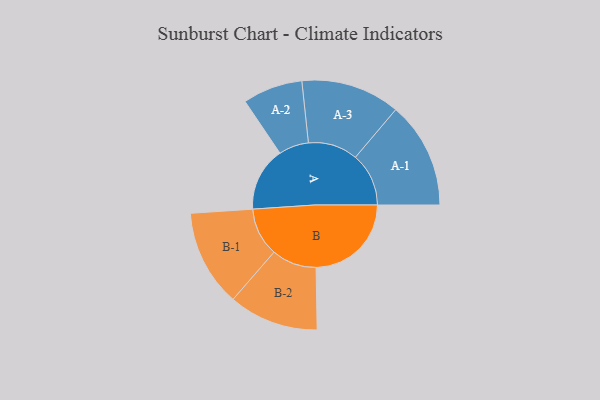
{"axis": {"x": "Segment", "y": "Value"}, "legend": ["", "A", "B"], "data": [{"x": "A", "y": 329, "type": ""}, {"x": "B", "y": 490, "type": ""}, {"x": "A-1", "y": 274, "type": "A"}, {"x": "A-2", "y": 154, "type": "A"}, {"x": "A-3", "y": 255, "type": "A"}, {"x": "B-1", "y": 249, "type": "B"}, {"x": "B-2", "y": 231, "type": "B"}]}